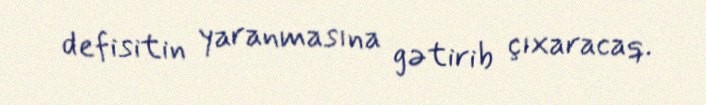
defisitin yaranmasına gətirib çıxaracaq.